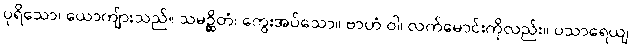
ပုရိသော၊ ယောကျ်ားသည်။ သမဉ္ဆိတံ၊ ကွေးအပ်သော။ ဗာဟံ ဝါ၊ လက်မောင်းကိုလည်း။ ပသာရေယျ